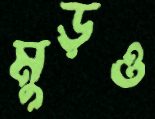
মুড়ও